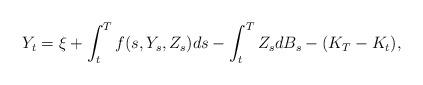
LaTeX: \begin{align*}Y_{t}=\xi+\int_{t}^{T}f(s,Y_{s},Z_{s})ds-\int_{t}^{T}Z_{s}dB_{s}-(K_{T}-K_{t}), \end{align*}